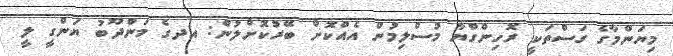
މިޔަންމާގެ ގަސްތަކީ ރޮހިންގްޔާ މުސްލިމުން އެއްކޮށް ބޭރުކޮށްލުން: އދގެ މަންދޫބު ޔަންގީ ލީ